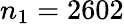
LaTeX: n_{1}=2602